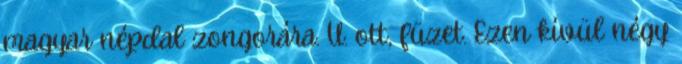
magyar népdal zongorára. U. ott, füzet. Ezen kívül négy